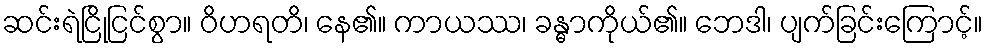
ဆင်းရဲငြိုငြင်စွာ။ ဝိဟရတိ၊ နေ၏။ ကာယဿ၊ ခန္ဓာကိုယ်၏။ ဘေဒါ၊ ပျက်ခြင်းကြောင့်။